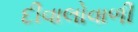
દીવાલોવાળી